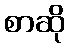
စာဆို